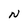
Character: N